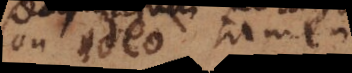
Non ideo tamen